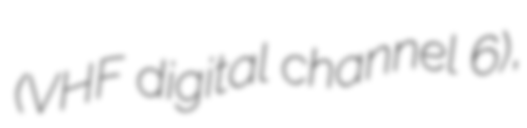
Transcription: (VHF digital channel 6),